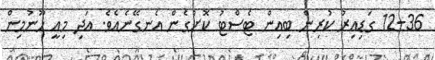
12-36 ގަޑިއިރު ކުރިން ބިއިން ޓެސްޓު ކޮށްގެން އެނގޭނެއެވެ. އަދި މިއީ ހޫނުމިން